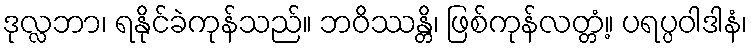
ဒုလ္လဘာ၊ ရနိုင်ခဲကုန်သည်။ ဘဝိဿန္တိ၊ ဖြစ်ကုန်လတ္တံ့။ ပရပ္ပဝါဒါနံ၊